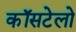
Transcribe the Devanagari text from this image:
कॉसटेलो